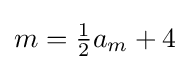
m={\tfrac {1}{2}}a_{m}+4